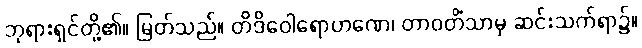
ဘုရားရှင်တို့၏။ မြတ်သည်။ တိဒိဝေါရောဟဏေ၊ တာဝတိံသာမှ ဆင်းသက်ရာ၌။